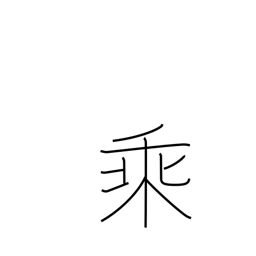
Meaning: multiplication